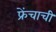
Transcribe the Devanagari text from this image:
फ्रेंचाची